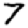
Digit: 7